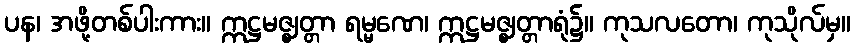
ပန၊ အဖို့တစ်ပါးကား။ ဣဋ္ဌမဇ္ဈတ္တာ ရမ္မဏေ၊ ဣဋ္ဌမဇ္ဈတ္တာရုံ၌။ ကုသလတော၊ ကုသိုလ်မှ။